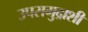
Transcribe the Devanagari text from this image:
उपसमुद्राशी